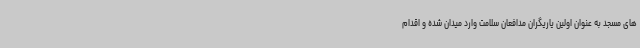
های مسجد به عنوان اولین یاریگران مدافعان سلامت وارد میدان شده و اقدام